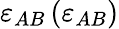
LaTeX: \varepsilon_{AB}\left(\varepsilon_{AB}\right)